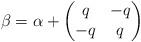
LaTeX: \begin{align*} \beta = \alpha + \begin{pmatrix} q & -q \\ -q & q \end{pmatrix}\end{align*}